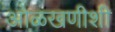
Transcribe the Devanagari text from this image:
ओळखणीशी